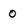
Character: o